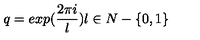
q = e x p ( \frac { 2 \pi i } { l } ) l \in N - \{ 0 , 1 \}